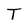
Character: T